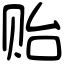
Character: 贻